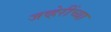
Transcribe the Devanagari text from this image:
जव्हेरींच्या